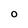
Character: 0